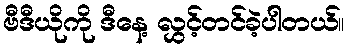
ဗီဒီယိုကို ဒီနေ့ လွှင့်တင်ခဲ့ပါတယ်။